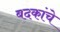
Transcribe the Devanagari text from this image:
बदकांचे